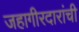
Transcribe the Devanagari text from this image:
जहागीरदारांची